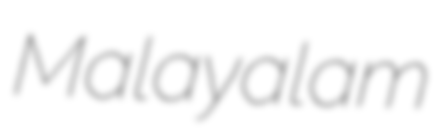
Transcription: Malayalam